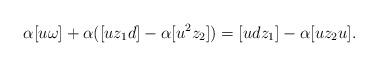
LaTeX: \begin{align*} \alpha [u\omega] + \alpha([uz_1d]-\alpha[u^2z_2]) = [udz_1] - \alpha[uz_2u].\end{align*}